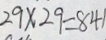
2 9 \times 2 9 = 8 4 1